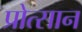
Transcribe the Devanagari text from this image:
प्रोत्सान